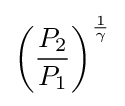
\left({\frac {P_{2}}{P_{1}}}\right)^{\frac {1}{\gamma }}